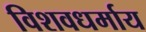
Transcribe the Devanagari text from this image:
विशवधर्माय